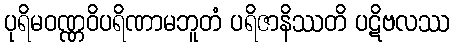
ပုရိမဝဏ္ဏဝိပရိဏာမဘူတံ ပရိဇာနိဿတိ ပဋိဗလဿ